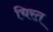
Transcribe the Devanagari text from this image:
चिरत